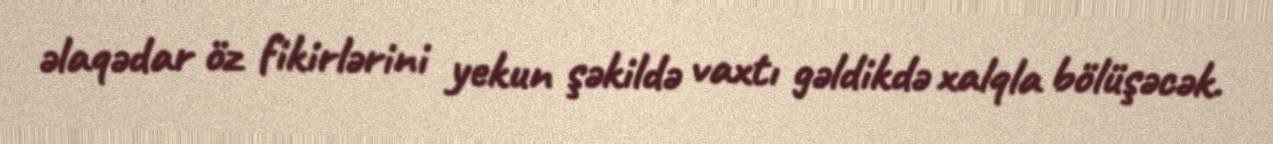
əlaqədar öz fikirlərini yekun şəkildə vaxtı gəldikdə xalqla bölüşəcək.